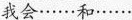
我会……和……